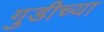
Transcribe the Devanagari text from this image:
गुडीच्या